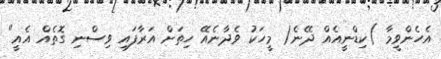
އެހެންވީމާ )ކިޑްނީއެއް ދޭނެ( މީހަކު ވެދާނެއޭ ހިތަށް އަރާފައި ވިސްނި ގޮތެއް އެއީ"